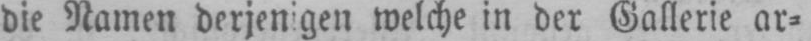
die Namen derjenigen welche in der Gallerie ar⸗